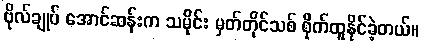
ဗိုလ်ချုပ် အောင်ဆန်းက သမိုင်း မှတ်တိုင်သစ် စိုက်ထူနိုင်ခဲ့တယ်။